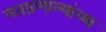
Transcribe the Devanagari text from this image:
मतप्रणाल्यांच्या